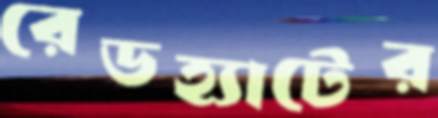
রেডহ্যাটের